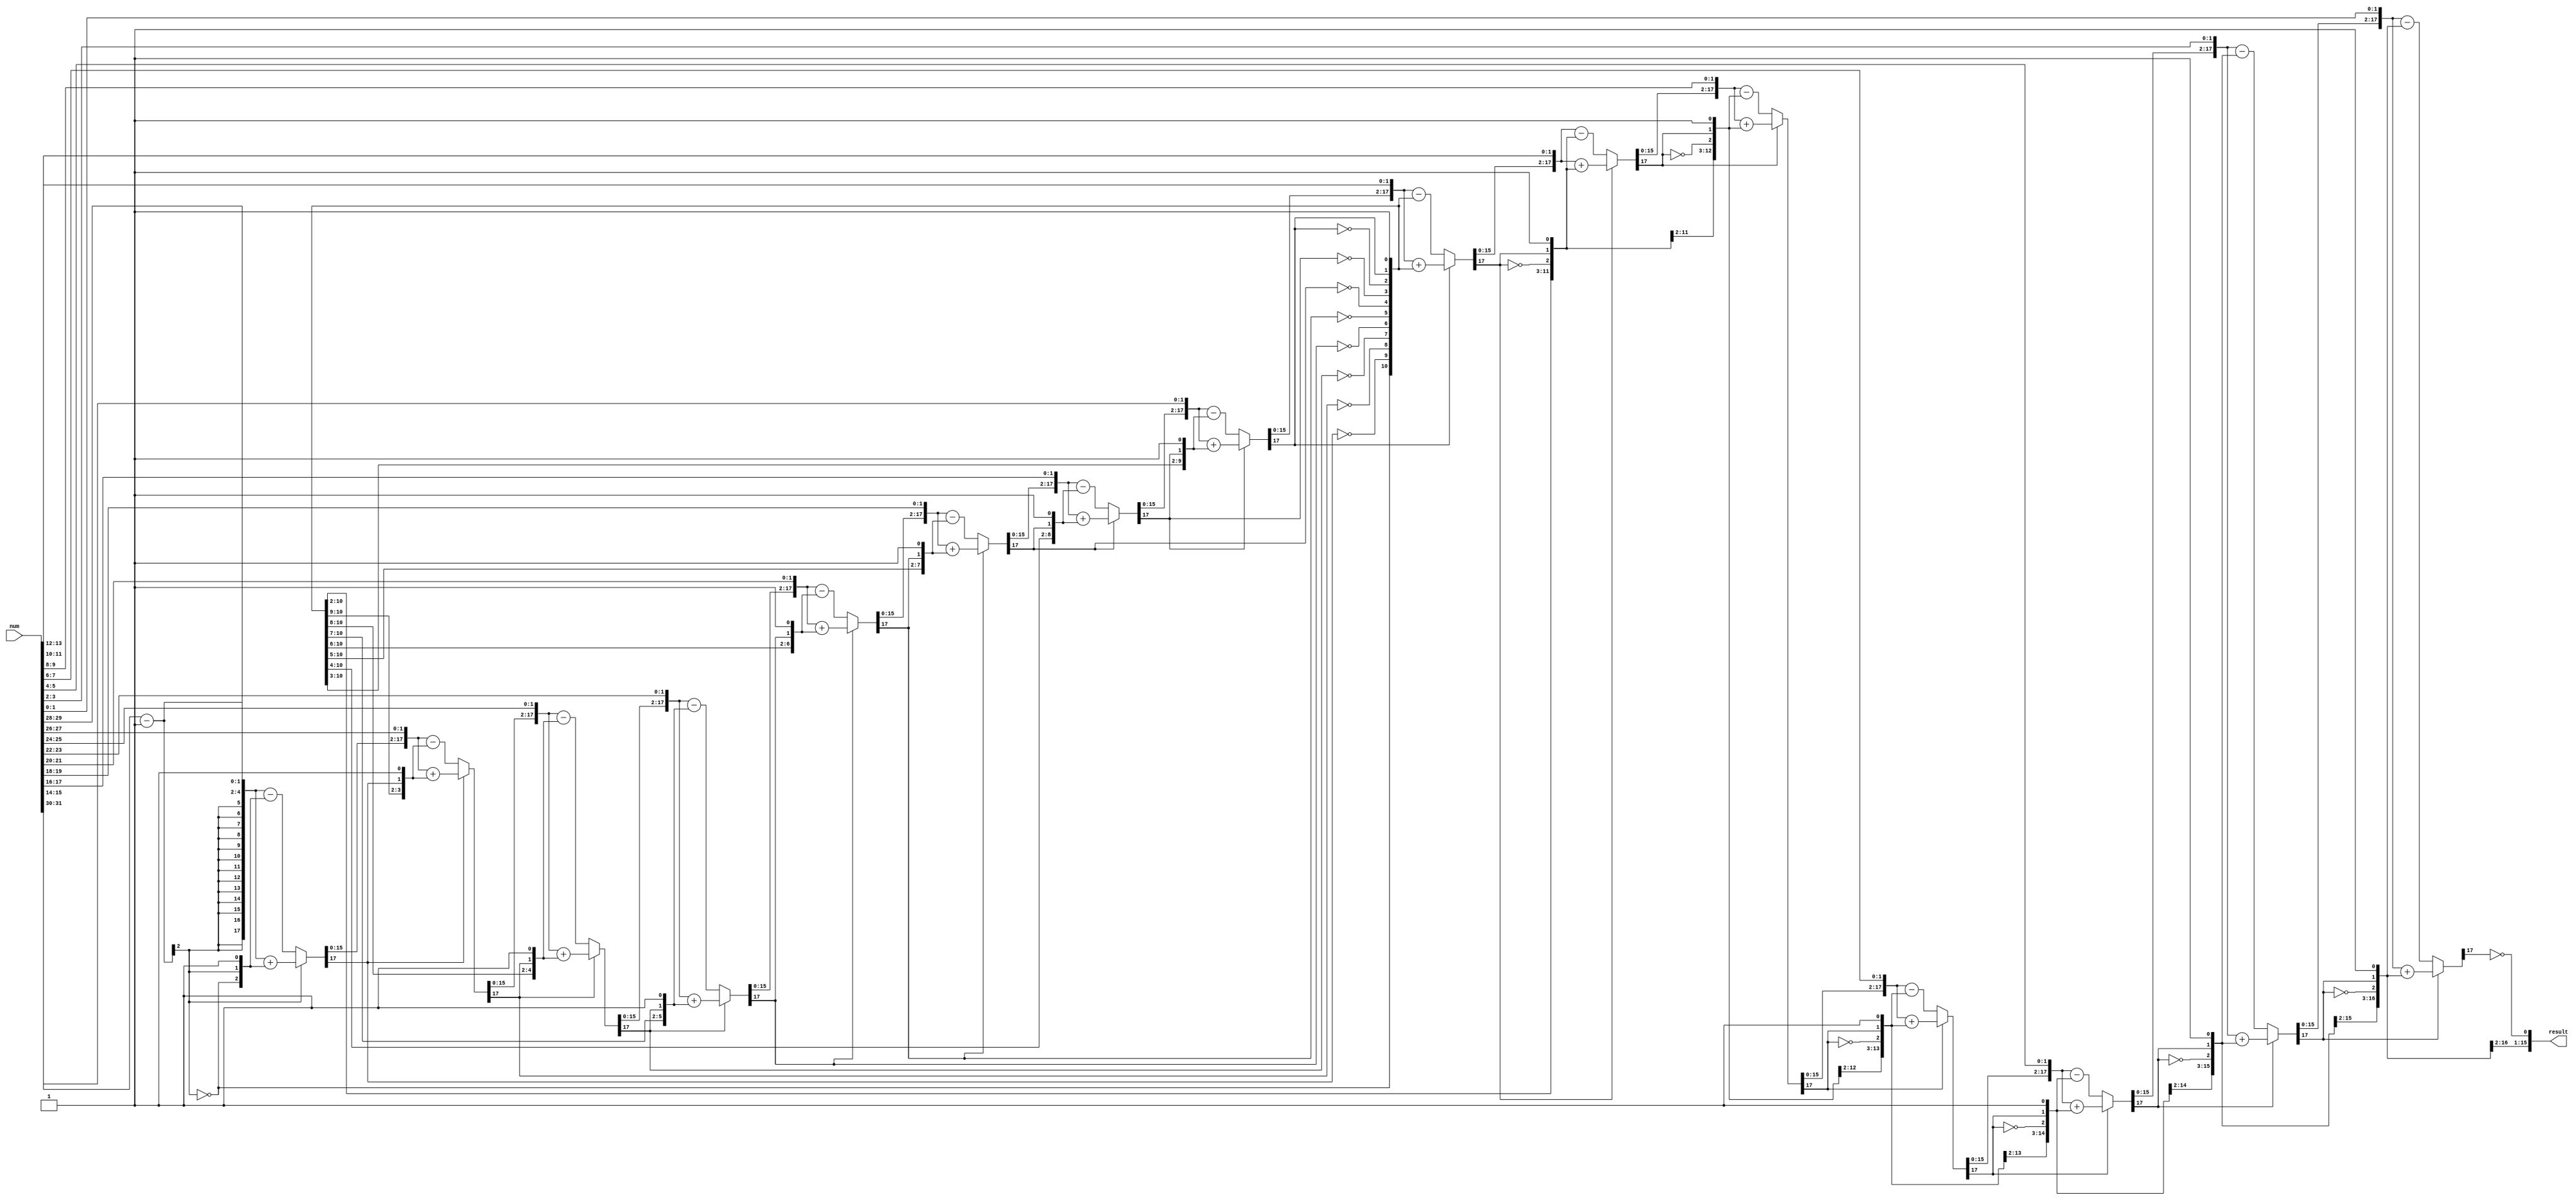
/* Generated by Yosys 0.42+40 (git sha1 a739e21a5, clang++ 14.0.0-1ubuntu1.1 -fPIC -Os) */

(* top =  1  *)
(* src = "/home/user/SDR-HLS/5.NewModules/SquareRoot/combinatorial/amaranth/sqrt_combinatorial.py:40" *)
(* generator = "Amaranth" *)
module top(result, num);
  reg \$auto$verilog_backend.cc:2352:dump_module$1  = 0;
  wire \$1 ;
  wire [18:0] \$10 ;
  wire [18:0] \$11 ;
  wire \$12 ;
  wire \$13 ;
  wire [18:0] \$14 ;
  wire [18:0] \$15 ;
  wire \$16 ;
  wire \$17 ;
  wire [18:0] \$18 ;
  wire [18:0] \$19 ;
  wire [18:0] \$2 ;
  wire \$20 ;
  wire \$21 ;
  wire [18:0] \$22 ;
  wire [18:0] \$23 ;
  wire \$24 ;
  wire \$25 ;
  wire [18:0] \$26 ;
  wire [18:0] \$27 ;
  wire \$28 ;
  wire \$29 ;
  wire [18:0] \$3 ;
  wire [18:0] \$30 ;
  wire [18:0] \$31 ;
  wire \$32 ;
  wire \$33 ;
  wire [18:0] \$34 ;
  wire [18:0] \$35 ;
  wire \$36 ;
  wire \$37 ;
  wire [18:0] \$38 ;
  wire [18:0] \$39 ;
  wire \$4 ;
  wire \$40 ;
  wire \$41 ;
  wire [18:0] \$42 ;
  wire [18:0] \$43 ;
  wire \$44 ;
  wire \$45 ;
  wire [18:0] \$46 ;
  wire [18:0] \$47 ;
  wire \$48 ;
  wire \$49 ;
  wire \$5 ;
  wire [18:0] \$50 ;
  wire [18:0] \$51 ;
  wire \$52 ;
  wire \$53 ;
  wire [18:0] \$54 ;
  wire [18:0] \$55 ;
  wire \$56 ;
  wire \$57 ;
  wire [18:0] \$58 ;
  wire [18:0] \$59 ;
  wire [18:0] \$6 ;
  wire \$60 ;
  wire \$61 ;
  wire [18:0] \$62 ;
  wire [18:0] \$63 ;
  wire \$64 ;
  wire [18:0] \$7 ;
  wire \$8 ;
  wire \$9 ;
  (* src = "/home/user/SDR-HLS/5.NewModules/SquareRoot/combinatorial/amaranth/sqrt_combinatorial.py:44" *)
  wire [31:0] \$signal ;
  (* src = "/home/user/SDR-HLS/5.NewModules/SquareRoot/combinatorial/amaranth/sqrt_combinatorial.py:47" *)
  wire [17:0] \$signal$10 ;
  (* src = "/home/user/SDR-HLS/5.NewModules/SquareRoot/combinatorial/amaranth/sqrt_combinatorial.py:46" *)
  wire [17:0] \$signal$11 ;
  (* src = "/home/user/SDR-HLS/5.NewModules/SquareRoot/combinatorial/amaranth/sqrt_combinatorial.py:44" *)
  wire [31:0] \$signal$12 ;
  (* src = "/home/user/SDR-HLS/5.NewModules/SquareRoot/combinatorial/amaranth/sqrt_combinatorial.py:48" *)
  reg [17:0] \$signal$13 ;
  (* src = "/home/user/SDR-HLS/5.NewModules/SquareRoot/combinatorial/amaranth/sqrt_combinatorial.py:45" *)
  wire [15:0] \$signal$14 ;
  (* src = "/home/user/SDR-HLS/5.NewModules/SquareRoot/combinatorial/amaranth/sqrt_combinatorial.py:47" *)
  wire [17:0] \$signal$15 ;
  (* src = "/home/user/SDR-HLS/5.NewModules/SquareRoot/combinatorial/amaranth/sqrt_combinatorial.py:46" *)
  wire [17:0] \$signal$16 ;
  (* src = "/home/user/SDR-HLS/5.NewModules/SquareRoot/combinatorial/amaranth/sqrt_combinatorial.py:44" *)
  wire [31:0] \$signal$17 ;
  (* src = "/home/user/SDR-HLS/5.NewModules/SquareRoot/combinatorial/amaranth/sqrt_combinatorial.py:48" *)
  reg [17:0] \$signal$18 ;
  (* src = "/home/user/SDR-HLS/5.NewModules/SquareRoot/combinatorial/amaranth/sqrt_combinatorial.py:45" *)
  wire [15:0] \$signal$19 ;
  (* src = "/home/user/SDR-HLS/5.NewModules/SquareRoot/combinatorial/amaranth/sqrt_combinatorial.py:47" *)
  wire [17:0] \$signal$20 ;
  (* src = "/home/user/SDR-HLS/5.NewModules/SquareRoot/combinatorial/amaranth/sqrt_combinatorial.py:46" *)
  wire [17:0] \$signal$21 ;
  (* src = "/home/user/SDR-HLS/5.NewModules/SquareRoot/combinatorial/amaranth/sqrt_combinatorial.py:44" *)
  wire [31:0] \$signal$22 ;
  (* src = "/home/user/SDR-HLS/5.NewModules/SquareRoot/combinatorial/amaranth/sqrt_combinatorial.py:48" *)
  reg [17:0] \$signal$23 ;
  (* src = "/home/user/SDR-HLS/5.NewModules/SquareRoot/combinatorial/amaranth/sqrt_combinatorial.py:45" *)
  wire [15:0] \$signal$24 ;
  (* src = "/home/user/SDR-HLS/5.NewModules/SquareRoot/combinatorial/amaranth/sqrt_combinatorial.py:47" *)
  wire [17:0] \$signal$25 ;
  (* src = "/home/user/SDR-HLS/5.NewModules/SquareRoot/combinatorial/amaranth/sqrt_combinatorial.py:46" *)
  wire [17:0] \$signal$26 ;
  (* src = "/home/user/SDR-HLS/5.NewModules/SquareRoot/combinatorial/amaranth/sqrt_combinatorial.py:44" *)
  wire [31:0] \$signal$27 ;
  (* src = "/home/user/SDR-HLS/5.NewModules/SquareRoot/combinatorial/amaranth/sqrt_combinatorial.py:48" *)
  reg [17:0] \$signal$28 ;
  (* src = "/home/user/SDR-HLS/5.NewModules/SquareRoot/combinatorial/amaranth/sqrt_combinatorial.py:45" *)
  wire [15:0] \$signal$29 ;
  (* src = "/home/user/SDR-HLS/5.NewModules/SquareRoot/combinatorial/amaranth/sqrt_combinatorial.py:45" *)
  wire [15:0] \$signal$3 ;
  (* src = "/home/user/SDR-HLS/5.NewModules/SquareRoot/combinatorial/amaranth/sqrt_combinatorial.py:47" *)
  wire [17:0] \$signal$30 ;
  (* src = "/home/user/SDR-HLS/5.NewModules/SquareRoot/combinatorial/amaranth/sqrt_combinatorial.py:46" *)
  wire [17:0] \$signal$31 ;
  (* src = "/home/user/SDR-HLS/5.NewModules/SquareRoot/combinatorial/amaranth/sqrt_combinatorial.py:44" *)
  wire [31:0] \$signal$32 ;
  (* src = "/home/user/SDR-HLS/5.NewModules/SquareRoot/combinatorial/amaranth/sqrt_combinatorial.py:48" *)
  reg [17:0] \$signal$33 ;
  (* src = "/home/user/SDR-HLS/5.NewModules/SquareRoot/combinatorial/amaranth/sqrt_combinatorial.py:45" *)
  wire [15:0] \$signal$34 ;
  (* src = "/home/user/SDR-HLS/5.NewModules/SquareRoot/combinatorial/amaranth/sqrt_combinatorial.py:47" *)
  wire [17:0] \$signal$35 ;
  (* src = "/home/user/SDR-HLS/5.NewModules/SquareRoot/combinatorial/amaranth/sqrt_combinatorial.py:46" *)
  wire [17:0] \$signal$36 ;
  (* src = "/home/user/SDR-HLS/5.NewModules/SquareRoot/combinatorial/amaranth/sqrt_combinatorial.py:44" *)
  wire [31:0] \$signal$37 ;
  (* src = "/home/user/SDR-HLS/5.NewModules/SquareRoot/combinatorial/amaranth/sqrt_combinatorial.py:48" *)
  reg [17:0] \$signal$38 ;
  (* src = "/home/user/SDR-HLS/5.NewModules/SquareRoot/combinatorial/amaranth/sqrt_combinatorial.py:45" *)
  wire [15:0] \$signal$39 ;
  (* src = "/home/user/SDR-HLS/5.NewModules/SquareRoot/combinatorial/amaranth/sqrt_combinatorial.py:48" *)
  wire [17:0] \$signal$4 ;
  (* src = "/home/user/SDR-HLS/5.NewModules/SquareRoot/combinatorial/amaranth/sqrt_combinatorial.py:47" *)
  wire [17:0] \$signal$40 ;
  (* src = "/home/user/SDR-HLS/5.NewModules/SquareRoot/combinatorial/amaranth/sqrt_combinatorial.py:46" *)
  wire [17:0] \$signal$41 ;
  (* src = "/home/user/SDR-HLS/5.NewModules/SquareRoot/combinatorial/amaranth/sqrt_combinatorial.py:44" *)
  wire [31:0] \$signal$42 ;
  (* src = "/home/user/SDR-HLS/5.NewModules/SquareRoot/combinatorial/amaranth/sqrt_combinatorial.py:48" *)
  reg [17:0] \$signal$43 ;
  (* src = "/home/user/SDR-HLS/5.NewModules/SquareRoot/combinatorial/amaranth/sqrt_combinatorial.py:45" *)
  wire [15:0] \$signal$44 ;
  (* src = "/home/user/SDR-HLS/5.NewModules/SquareRoot/combinatorial/amaranth/sqrt_combinatorial.py:47" *)
  wire [17:0] \$signal$45 ;
  (* src = "/home/user/SDR-HLS/5.NewModules/SquareRoot/combinatorial/amaranth/sqrt_combinatorial.py:46" *)
  wire [17:0] \$signal$46 ;
  (* src = "/home/user/SDR-HLS/5.NewModules/SquareRoot/combinatorial/amaranth/sqrt_combinatorial.py:44" *)
  wire [31:0] \$signal$47 ;
  (* src = "/home/user/SDR-HLS/5.NewModules/SquareRoot/combinatorial/amaranth/sqrt_combinatorial.py:48" *)
  reg [17:0] \$signal$48 ;
  (* src = "/home/user/SDR-HLS/5.NewModules/SquareRoot/combinatorial/amaranth/sqrt_combinatorial.py:45" *)
  wire [15:0] \$signal$49 ;
  (* src = "/home/user/SDR-HLS/5.NewModules/SquareRoot/combinatorial/amaranth/sqrt_combinatorial.py:47" *)
  wire [17:0] \$signal$5 ;
  (* src = "/home/user/SDR-HLS/5.NewModules/SquareRoot/combinatorial/amaranth/sqrt_combinatorial.py:47" *)
  wire [17:0] \$signal$50 ;
  (* src = "/home/user/SDR-HLS/5.NewModules/SquareRoot/combinatorial/amaranth/sqrt_combinatorial.py:46" *)
  wire [17:0] \$signal$51 ;
  (* src = "/home/user/SDR-HLS/5.NewModules/SquareRoot/combinatorial/amaranth/sqrt_combinatorial.py:44" *)
  wire [31:0] \$signal$52 ;
  (* src = "/home/user/SDR-HLS/5.NewModules/SquareRoot/combinatorial/amaranth/sqrt_combinatorial.py:48" *)
  reg [17:0] \$signal$53 ;
  (* src = "/home/user/SDR-HLS/5.NewModules/SquareRoot/combinatorial/amaranth/sqrt_combinatorial.py:45" *)
  wire [15:0] \$signal$54 ;
  (* src = "/home/user/SDR-HLS/5.NewModules/SquareRoot/combinatorial/amaranth/sqrt_combinatorial.py:47" *)
  wire [17:0] \$signal$55 ;
  (* src = "/home/user/SDR-HLS/5.NewModules/SquareRoot/combinatorial/amaranth/sqrt_combinatorial.py:46" *)
  wire [17:0] \$signal$56 ;
  (* src = "/home/user/SDR-HLS/5.NewModules/SquareRoot/combinatorial/amaranth/sqrt_combinatorial.py:44" *)
  wire [31:0] \$signal$57 ;
  (* src = "/home/user/SDR-HLS/5.NewModules/SquareRoot/combinatorial/amaranth/sqrt_combinatorial.py:48" *)
  reg [17:0] \$signal$58 ;
  (* src = "/home/user/SDR-HLS/5.NewModules/SquareRoot/combinatorial/amaranth/sqrt_combinatorial.py:45" *)
  wire [15:0] \$signal$59 ;
  (* src = "/home/user/SDR-HLS/5.NewModules/SquareRoot/combinatorial/amaranth/sqrt_combinatorial.py:46" *)
  wire [17:0] \$signal$6 ;
  (* src = "/home/user/SDR-HLS/5.NewModules/SquareRoot/combinatorial/amaranth/sqrt_combinatorial.py:47" *)
  wire [17:0] \$signal$60 ;
  (* src = "/home/user/SDR-HLS/5.NewModules/SquareRoot/combinatorial/amaranth/sqrt_combinatorial.py:46" *)
  wire [17:0] \$signal$61 ;
  (* src = "/home/user/SDR-HLS/5.NewModules/SquareRoot/combinatorial/amaranth/sqrt_combinatorial.py:44" *)
  wire [31:0] \$signal$62 ;
  (* src = "/home/user/SDR-HLS/5.NewModules/SquareRoot/combinatorial/amaranth/sqrt_combinatorial.py:48" *)
  reg [17:0] \$signal$63 ;
  (* src = "/home/user/SDR-HLS/5.NewModules/SquareRoot/combinatorial/amaranth/sqrt_combinatorial.py:45" *)
  wire [15:0] \$signal$64 ;
  (* src = "/home/user/SDR-HLS/5.NewModules/SquareRoot/combinatorial/amaranth/sqrt_combinatorial.py:47" *)
  wire [17:0] \$signal$65 ;
  (* src = "/home/user/SDR-HLS/5.NewModules/SquareRoot/combinatorial/amaranth/sqrt_combinatorial.py:46" *)
  wire [17:0] \$signal$66 ;
  (* src = "/home/user/SDR-HLS/5.NewModules/SquareRoot/combinatorial/amaranth/sqrt_combinatorial.py:44" *)
  wire [31:0] \$signal$67 ;
  (* src = "/home/user/SDR-HLS/5.NewModules/SquareRoot/combinatorial/amaranth/sqrt_combinatorial.py:48" *)
  reg [17:0] \$signal$68 ;
  (* src = "/home/user/SDR-HLS/5.NewModules/SquareRoot/combinatorial/amaranth/sqrt_combinatorial.py:45" *)
  wire [15:0] \$signal$69 ;
  (* src = "/home/user/SDR-HLS/5.NewModules/SquareRoot/combinatorial/amaranth/sqrt_combinatorial.py:44" *)
  wire [31:0] \$signal$7 ;
  (* src = "/home/user/SDR-HLS/5.NewModules/SquareRoot/combinatorial/amaranth/sqrt_combinatorial.py:47" *)
  wire [17:0] \$signal$70 ;
  (* src = "/home/user/SDR-HLS/5.NewModules/SquareRoot/combinatorial/amaranth/sqrt_combinatorial.py:46" *)
  wire [17:0] \$signal$71 ;
  (* src = "/home/user/SDR-HLS/5.NewModules/SquareRoot/combinatorial/amaranth/sqrt_combinatorial.py:44" *)
  wire [31:0] \$signal$72 ;
  (* src = "/home/user/SDR-HLS/5.NewModules/SquareRoot/combinatorial/amaranth/sqrt_combinatorial.py:48" *)
  reg [17:0] \$signal$73 ;
  (* src = "/home/user/SDR-HLS/5.NewModules/SquareRoot/combinatorial/amaranth/sqrt_combinatorial.py:45" *)
  wire [15:0] \$signal$74 ;
  (* src = "/home/user/SDR-HLS/5.NewModules/SquareRoot/combinatorial/amaranth/sqrt_combinatorial.py:47" *)
  wire [17:0] \$signal$75 ;
  (* src = "/home/user/SDR-HLS/5.NewModules/SquareRoot/combinatorial/amaranth/sqrt_combinatorial.py:46" *)
  wire [17:0] \$signal$76 ;
  (* src = "/home/user/SDR-HLS/5.NewModules/SquareRoot/combinatorial/amaranth/sqrt_combinatorial.py:44" *)
  wire [31:0] \$signal$77 ;
  (* src = "/home/user/SDR-HLS/5.NewModules/SquareRoot/combinatorial/amaranth/sqrt_combinatorial.py:48" *)
  reg [17:0] \$signal$78 ;
  (* src = "/home/user/SDR-HLS/5.NewModules/SquareRoot/combinatorial/amaranth/sqrt_combinatorial.py:45" *)
  wire [15:0] \$signal$79 ;
  (* src = "/home/user/SDR-HLS/5.NewModules/SquareRoot/combinatorial/amaranth/sqrt_combinatorial.py:48" *)
  reg [17:0] \$signal$8 ;
  (* src = "/home/user/SDR-HLS/5.NewModules/SquareRoot/combinatorial/amaranth/sqrt_combinatorial.py:47" *)
  wire [17:0] \$signal$80 ;
  (* src = "/home/user/SDR-HLS/5.NewModules/SquareRoot/combinatorial/amaranth/sqrt_combinatorial.py:46" *)
  wire [17:0] \$signal$81 ;
  (* src = "/home/user/SDR-HLS/5.NewModules/SquareRoot/combinatorial/amaranth/sqrt_combinatorial.py:44" *)
  wire [31:0] \$signal$82 ;
  (* src = "/home/user/SDR-HLS/5.NewModules/SquareRoot/combinatorial/amaranth/sqrt_combinatorial.py:48" *)
  reg [17:0] \$signal$83 ;
  (* src = "/home/user/SDR-HLS/5.NewModules/SquareRoot/combinatorial/amaranth/sqrt_combinatorial.py:45" *)
  wire [15:0] \$signal$84 ;
  (* src = "/home/user/SDR-HLS/5.NewModules/SquareRoot/combinatorial/amaranth/sqrt_combinatorial.py:45" *)
  wire [15:0] \$signal$9 ;
  (* src = "/home/user/SDR-HLS/5.NewModules/SquareRoot/combinatorial/amaranth/sqrt_combinatorial.py:44" *)
  input [31:0] num;
  wire [31:0] num;
  (* src = "/home/user/SDR-HLS/5.NewModules/SquareRoot/combinatorial/amaranth/sqrt_combinatorial.py:45" *)
  output [15:0] result;
  wire [15:0] result;
  assign \$36  = ~ (* src = "/home/user/SDR-HLS/5.NewModules/SquareRoot/combinatorial/amaranth/sqrt_combinatorial.py:74" *) \$signal$48 [17];
  assign \$38  = { \$signal$48 [15:0], num[13:12] } + (* src = "/home/user/SDR-HLS/5.NewModules/SquareRoot/combinatorial/amaranth/sqrt_combinatorial.py:70" *) { \$4 , \$8 , \$12 , \$16 , \$20 , \$24 , \$28 , \$32 , \$36 , \$signal$48 [17], 1'h1 };
  assign \$39  = { \$signal$48 [15:0], num[13:12] } - (* src = "/home/user/SDR-HLS/5.NewModules/SquareRoot/combinatorial/amaranth/sqrt_combinatorial.py:72" *) { \$4 , \$8 , \$12 , \$16 , \$20 , \$24 , \$28 , \$32 , \$36 , \$signal$48 [17], 1'h1 };
  assign \$40  = ~ (* src = "/home/user/SDR-HLS/5.NewModules/SquareRoot/combinatorial/amaranth/sqrt_combinatorial.py:74" *) \$signal$53 [17];
  assign \$42  = { \$signal$53 [15:0], num[11:10] } + (* src = "/home/user/SDR-HLS/5.NewModules/SquareRoot/combinatorial/amaranth/sqrt_combinatorial.py:70" *) { \$4 , \$8 , \$12 , \$16 , \$20 , \$24 , \$28 , \$32 , \$36 , \$40 , \$signal$53 [17], 1'h1 };
  assign \$43  = { \$signal$53 [15:0], num[11:10] } - (* src = "/home/user/SDR-HLS/5.NewModules/SquareRoot/combinatorial/amaranth/sqrt_combinatorial.py:72" *) { \$4 , \$8 , \$12 , \$16 , \$20 , \$24 , \$28 , \$32 , \$36 , \$40 , \$signal$53 [17], 1'h1 };
  assign \$44  = ~ (* src = "/home/user/SDR-HLS/5.NewModules/SquareRoot/combinatorial/amaranth/sqrt_combinatorial.py:74" *) \$signal$58 [17];
  assign \$46  = { \$signal$58 [15:0], num[9:8] } + (* src = "/home/user/SDR-HLS/5.NewModules/SquareRoot/combinatorial/amaranth/sqrt_combinatorial.py:70" *) { \$4 , \$8 , \$12 , \$16 , \$20 , \$24 , \$28 , \$32 , \$36 , \$40 , \$44 , \$signal$58 [17], 1'h1 };
  assign \$47  = { \$signal$58 [15:0], num[9:8] } - (* src = "/home/user/SDR-HLS/5.NewModules/SquareRoot/combinatorial/amaranth/sqrt_combinatorial.py:72" *) { \$4 , \$8 , \$12 , \$16 , \$20 , \$24 , \$28 , \$32 , \$36 , \$40 , \$44 , \$signal$58 [17], 1'h1 };
  assign \$48  = ~ (* src = "/home/user/SDR-HLS/5.NewModules/SquareRoot/combinatorial/amaranth/sqrt_combinatorial.py:74" *) \$signal$63 [17];
  assign \$50  = { \$signal$63 [15:0], num[7:6] } + (* src = "/home/user/SDR-HLS/5.NewModules/SquareRoot/combinatorial/amaranth/sqrt_combinatorial.py:70" *) { \$4 , \$8 , \$12 , \$16 , \$20 , \$24 , \$28 , \$32 , \$36 , \$40 , \$44 , \$48 , \$signal$63 [17], 1'h1 };
  assign \$51  = { \$signal$63 [15:0], num[7:6] } - (* src = "/home/user/SDR-HLS/5.NewModules/SquareRoot/combinatorial/amaranth/sqrt_combinatorial.py:72" *) { \$4 , \$8 , \$12 , \$16 , \$20 , \$24 , \$28 , \$32 , \$36 , \$40 , \$44 , \$48 , \$signal$63 [17], 1'h1 };
  assign \$52  = ~ (* src = "/home/user/SDR-HLS/5.NewModules/SquareRoot/combinatorial/amaranth/sqrt_combinatorial.py:74" *) \$signal$68 [17];
  assign \$54  = { \$signal$68 [15:0], num[5:4] } + (* src = "/home/user/SDR-HLS/5.NewModules/SquareRoot/combinatorial/amaranth/sqrt_combinatorial.py:70" *) { \$4 , \$8 , \$12 , \$16 , \$20 , \$24 , \$28 , \$32 , \$36 , \$40 , \$44 , \$48 , \$52 , \$signal$68 [17], 1'h1 };
  assign \$55  = { \$signal$68 [15:0], num[5:4] } - (* src = "/home/user/SDR-HLS/5.NewModules/SquareRoot/combinatorial/amaranth/sqrt_combinatorial.py:72" *) { \$4 , \$8 , \$12 , \$16 , \$20 , \$24 , \$28 , \$32 , \$36 , \$40 , \$44 , \$48 , \$52 , \$signal$68 [17], 1'h1 };
  assign \$56  = ~ (* src = "/home/user/SDR-HLS/5.NewModules/SquareRoot/combinatorial/amaranth/sqrt_combinatorial.py:74" *) \$signal$73 [17];
  assign \$58  = { \$signal$73 [15:0], num[3:2] } + (* src = "/home/user/SDR-HLS/5.NewModules/SquareRoot/combinatorial/amaranth/sqrt_combinatorial.py:70" *) { \$4 , \$8 , \$12 , \$16 , \$20 , \$24 , \$28 , \$32 , \$36 , \$40 , \$44 , \$48 , \$52 , \$56 , \$signal$73 [17], 1'h1 };
  assign \$59  = { \$signal$73 [15:0], num[3:2] } - (* src = "/home/user/SDR-HLS/5.NewModules/SquareRoot/combinatorial/amaranth/sqrt_combinatorial.py:72" *) { \$4 , \$8 , \$12 , \$16 , \$20 , \$24 , \$28 , \$32 , \$36 , \$40 , \$44 , \$48 , \$52 , \$56 , \$signal$73 [17], 1'h1 };
  assign \$60  = ~ (* src = "/home/user/SDR-HLS/5.NewModules/SquareRoot/combinatorial/amaranth/sqrt_combinatorial.py:74" *) \$signal$78 [17];
  assign \$62  = { \$signal$78 [15:0], num[1:0] } + (* src = "/home/user/SDR-HLS/5.NewModules/SquareRoot/combinatorial/amaranth/sqrt_combinatorial.py:70" *) { \$4 , \$8 , \$12 , \$16 , \$20 , \$24 , \$28 , \$32 , \$36 , \$40 , \$44 , \$48 , \$52 , \$56 , \$60 , \$signal$78 [17], 1'h1 };
  assign \$63  = { \$signal$78 [15:0], num[1:0] } - (* src = "/home/user/SDR-HLS/5.NewModules/SquareRoot/combinatorial/amaranth/sqrt_combinatorial.py:72" *) { \$4 , \$8 , \$12 , \$16 , \$20 , \$24 , \$28 , \$32 , \$36 , \$40 , \$44 , \$48 , \$52 , \$56 , \$60 , \$signal$78 [17], 1'h1 };
  assign \$64  = ~ (* src = "/home/user/SDR-HLS/5.NewModules/SquareRoot/combinatorial/amaranth/sqrt_combinatorial.py:74" *) \$signal$83 [17];
  assign \$2  = num[31:30] + (* src = "/home/user/SDR-HLS/5.NewModules/SquareRoot/combinatorial/amaranth/sqrt_combinatorial.py:70" *) 1'h1;
  assign \$3  = num[31:30] - (* src = "/home/user/SDR-HLS/5.NewModules/SquareRoot/combinatorial/amaranth/sqrt_combinatorial.py:72" *) 1'h1;
  assign \$4  = ~ (* src = "/home/user/SDR-HLS/5.NewModules/SquareRoot/combinatorial/amaranth/sqrt_combinatorial.py:74" *) \$signal$8 [17];
  assign \$6  = { \$signal$8 [15:0], num[29:28] } + (* src = "/home/user/SDR-HLS/5.NewModules/SquareRoot/combinatorial/amaranth/sqrt_combinatorial.py:70" *) { \$4 , \$signal$8 [17], 1'h1 };
  assign \$7  = { \$signal$8 [15:0], num[29:28] } - (* src = "/home/user/SDR-HLS/5.NewModules/SquareRoot/combinatorial/amaranth/sqrt_combinatorial.py:72" *) { \$4 , \$signal$8 [17], 1'h1 };
  assign \$8  = ~ (* src = "/home/user/SDR-HLS/5.NewModules/SquareRoot/combinatorial/amaranth/sqrt_combinatorial.py:74" *) \$signal$13 [17];
  assign \$10  = { \$signal$13 [15:0], num[27:26] } + (* src = "/home/user/SDR-HLS/5.NewModules/SquareRoot/combinatorial/amaranth/sqrt_combinatorial.py:70" *) { \$4 , \$8 , \$signal$13 [17], 1'h1 };
  assign \$11  = { \$signal$13 [15:0], num[27:26] } - (* src = "/home/user/SDR-HLS/5.NewModules/SquareRoot/combinatorial/amaranth/sqrt_combinatorial.py:72" *) { \$4 , \$8 , \$signal$13 [17], 1'h1 };
  assign \$12  = ~ (* src = "/home/user/SDR-HLS/5.NewModules/SquareRoot/combinatorial/amaranth/sqrt_combinatorial.py:74" *) \$signal$18 [17];
  assign \$14  = { \$signal$18 [15:0], num[25:24] } + (* src = "/home/user/SDR-HLS/5.NewModules/SquareRoot/combinatorial/amaranth/sqrt_combinatorial.py:70" *) { \$4 , \$8 , \$12 , \$signal$18 [17], 1'h1 };
  assign \$15  = { \$signal$18 [15:0], num[25:24] } - (* src = "/home/user/SDR-HLS/5.NewModules/SquareRoot/combinatorial/amaranth/sqrt_combinatorial.py:72" *) { \$4 , \$8 , \$12 , \$signal$18 [17], 1'h1 };
  assign \$16  = ~ (* src = "/home/user/SDR-HLS/5.NewModules/SquareRoot/combinatorial/amaranth/sqrt_combinatorial.py:74" *) \$signal$23 [17];
  assign \$18  = { \$signal$23 [15:0], num[23:22] } + (* src = "/home/user/SDR-HLS/5.NewModules/SquareRoot/combinatorial/amaranth/sqrt_combinatorial.py:70" *) { \$4 , \$8 , \$12 , \$16 , \$signal$23 [17], 1'h1 };
  assign \$19  = { \$signal$23 [15:0], num[23:22] } - (* src = "/home/user/SDR-HLS/5.NewModules/SquareRoot/combinatorial/amaranth/sqrt_combinatorial.py:72" *) { \$4 , \$8 , \$12 , \$16 , \$signal$23 [17], 1'h1 };
  assign \$20  = ~ (* src = "/home/user/SDR-HLS/5.NewModules/SquareRoot/combinatorial/amaranth/sqrt_combinatorial.py:74" *) \$signal$28 [17];
  assign \$22  = { \$signal$28 [15:0], num[21:20] } + (* src = "/home/user/SDR-HLS/5.NewModules/SquareRoot/combinatorial/amaranth/sqrt_combinatorial.py:70" *) { \$4 , \$8 , \$12 , \$16 , \$20 , \$signal$28 [17], 1'h1 };
  assign \$23  = { \$signal$28 [15:0], num[21:20] } - (* src = "/home/user/SDR-HLS/5.NewModules/SquareRoot/combinatorial/amaranth/sqrt_combinatorial.py:72" *) { \$4 , \$8 , \$12 , \$16 , \$20 , \$signal$28 [17], 1'h1 };
  assign \$24  = ~ (* src = "/home/user/SDR-HLS/5.NewModules/SquareRoot/combinatorial/amaranth/sqrt_combinatorial.py:74" *) \$signal$33 [17];
  assign \$26  = { \$signal$33 [15:0], num[19:18] } + (* src = "/home/user/SDR-HLS/5.NewModules/SquareRoot/combinatorial/amaranth/sqrt_combinatorial.py:70" *) { \$4 , \$8 , \$12 , \$16 , \$20 , \$24 , \$signal$33 [17], 1'h1 };
  assign \$27  = { \$signal$33 [15:0], num[19:18] } - (* src = "/home/user/SDR-HLS/5.NewModules/SquareRoot/combinatorial/amaranth/sqrt_combinatorial.py:72" *) { \$4 , \$8 , \$12 , \$16 , \$20 , \$24 , \$signal$33 [17], 1'h1 };
  assign \$28  = ~ (* src = "/home/user/SDR-HLS/5.NewModules/SquareRoot/combinatorial/amaranth/sqrt_combinatorial.py:74" *) \$signal$38 [17];
  assign \$30  = { \$signal$38 [15:0], num[17:16] } + (* src = "/home/user/SDR-HLS/5.NewModules/SquareRoot/combinatorial/amaranth/sqrt_combinatorial.py:70" *) { \$4 , \$8 , \$12 , \$16 , \$20 , \$24 , \$28 , \$signal$38 [17], 1'h1 };
  assign \$31  = { \$signal$38 [15:0], num[17:16] } - (* src = "/home/user/SDR-HLS/5.NewModules/SquareRoot/combinatorial/amaranth/sqrt_combinatorial.py:72" *) { \$4 , \$8 , \$12 , \$16 , \$20 , \$24 , \$28 , \$signal$38 [17], 1'h1 };
  assign \$32  = ~ (* src = "/home/user/SDR-HLS/5.NewModules/SquareRoot/combinatorial/amaranth/sqrt_combinatorial.py:74" *) \$signal$43 [17];
  assign \$34  = { \$signal$43 [15:0], num[15:14] } + (* src = "/home/user/SDR-HLS/5.NewModules/SquareRoot/combinatorial/amaranth/sqrt_combinatorial.py:70" *) { \$4 , \$8 , \$12 , \$16 , \$20 , \$24 , \$28 , \$32 , \$signal$43 [17], 1'h1 };
  assign \$35  = { \$signal$43 [15:0], num[15:14] } - (* src = "/home/user/SDR-HLS/5.NewModules/SquareRoot/combinatorial/amaranth/sqrt_combinatorial.py:72" *) { \$4 , \$8 , \$12 , \$16 , \$20 , \$24 , \$28 , \$32 , \$signal$43 [17], 1'h1 };
  always @* begin
    if (\$auto$verilog_backend.cc:2352:dump_module$1 ) begin end
    (* full_case = 32'd1 *)
    if (\$1 ) begin
      \$signal$8  = \$2 [17:0];
    end else begin
      \$signal$8  = \$3 [17:0];
    end
  end
  always @* begin
    if (\$auto$verilog_backend.cc:2352:dump_module$1 ) begin end
    (* full_case = 32'd1 *)
    if (\$5 ) begin
      \$signal$13  = \$6 [17:0];
    end else begin
      \$signal$13  = \$7 [17:0];
    end
  end
  always @* begin
    if (\$auto$verilog_backend.cc:2352:dump_module$1 ) begin end
    (* full_case = 32'd1 *)
    if (\$9 ) begin
      \$signal$18  = \$10 [17:0];
    end else begin
      \$signal$18  = \$11 [17:0];
    end
  end
  always @* begin
    if (\$auto$verilog_backend.cc:2352:dump_module$1 ) begin end
    (* full_case = 32'd1 *)
    if (\$13 ) begin
      \$signal$23  = \$14 [17:0];
    end else begin
      \$signal$23  = \$15 [17:0];
    end
  end
  always @* begin
    if (\$auto$verilog_backend.cc:2352:dump_module$1 ) begin end
    (* full_case = 32'd1 *)
    if (\$17 ) begin
      \$signal$28  = \$18 [17:0];
    end else begin
      \$signal$28  = \$19 [17:0];
    end
  end
  always @* begin
    if (\$auto$verilog_backend.cc:2352:dump_module$1 ) begin end
    (* full_case = 32'd1 *)
    if (\$21 ) begin
      \$signal$33  = \$22 [17:0];
    end else begin
      \$signal$33  = \$23 [17:0];
    end
  end
  always @* begin
    if (\$auto$verilog_backend.cc:2352:dump_module$1 ) begin end
    (* full_case = 32'd1 *)
    if (\$25 ) begin
      \$signal$38  = \$26 [17:0];
    end else begin
      \$signal$38  = \$27 [17:0];
    end
  end
  always @* begin
    if (\$auto$verilog_backend.cc:2352:dump_module$1 ) begin end
    (* full_case = 32'd1 *)
    if (\$29 ) begin
      \$signal$43  = \$30 [17:0];
    end else begin
      \$signal$43  = \$31 [17:0];
    end
  end
  always @* begin
    if (\$auto$verilog_backend.cc:2352:dump_module$1 ) begin end
    (* full_case = 32'd1 *)
    if (\$33 ) begin
      \$signal$48  = \$34 [17:0];
    end else begin
      \$signal$48  = \$35 [17:0];
    end
  end
  always @* begin
    if (\$auto$verilog_backend.cc:2352:dump_module$1 ) begin end
    (* full_case = 32'd1 *)
    if (\$37 ) begin
      \$signal$53  = \$38 [17:0];
    end else begin
      \$signal$53  = \$39 [17:0];
    end
  end
  always @* begin
    if (\$auto$verilog_backend.cc:2352:dump_module$1 ) begin end
    (* full_case = 32'd1 *)
    if (\$41 ) begin
      \$signal$58  = \$42 [17:0];
    end else begin
      \$signal$58  = \$43 [17:0];
    end
  end
  always @* begin
    if (\$auto$verilog_backend.cc:2352:dump_module$1 ) begin end
    (* full_case = 32'd1 *)
    if (\$45 ) begin
      \$signal$63  = \$46 [17:0];
    end else begin
      \$signal$63  = \$47 [17:0];
    end
  end
  always @* begin
    if (\$auto$verilog_backend.cc:2352:dump_module$1 ) begin end
    (* full_case = 32'd1 *)
    if (\$49 ) begin
      \$signal$68  = \$50 [17:0];
    end else begin
      \$signal$68  = \$51 [17:0];
    end
  end
  always @* begin
    if (\$auto$verilog_backend.cc:2352:dump_module$1 ) begin end
    (* full_case = 32'd1 *)
    if (\$53 ) begin
      \$signal$73  = \$54 [17:0];
    end else begin
      \$signal$73  = \$55 [17:0];
    end
  end
  always @* begin
    if (\$auto$verilog_backend.cc:2352:dump_module$1 ) begin end
    (* full_case = 32'd1 *)
    if (\$57 ) begin
      \$signal$78  = \$58 [17:0];
    end else begin
      \$signal$78  = \$59 [17:0];
    end
  end
  always @* begin
    if (\$auto$verilog_backend.cc:2352:dump_module$1 ) begin end
    (* full_case = 32'd1 *)
    if (\$61 ) begin
      \$signal$83  = \$62 [17:0];
    end else begin
      \$signal$83  = \$63 [17:0];
    end
  end
  assign \$signal  = num;
  assign \$signal$3  = 16'h0000;
  assign \$signal$4  = 18'h00000;
  assign \$signal$5  = 18'h00001;
  assign \$signal$6  = { 16'h0000, num[31:30] };
  assign \$signal$7  = { num[29:0], 2'h0 };
  assign \$signal$9  = { 15'h0000, \$4  };
  assign \$signal$10  = { 15'h0000, \$4 , \$signal$8 [17], 1'h1 };
  assign \$signal$11  = { \$signal$8 [15:0], num[29:28] };
  assign \$signal$12  = { num[27:0], 4'h0 };
  assign \$signal$14  = { 14'h0000, \$4 , \$8  };
  assign \$signal$15  = { 14'h0000, \$4 , \$8 , \$signal$13 [17], 1'h1 };
  assign \$signal$16  = { \$signal$13 [15:0], num[27:26] };
  assign \$signal$17  = { num[25:0], 6'h00 };
  assign \$signal$19  = { 13'h0000, \$4 , \$8 , \$12  };
  assign \$signal$20  = { 13'h0000, \$4 , \$8 , \$12 , \$signal$18 [17], 1'h1 };
  assign \$signal$21  = { \$signal$18 [15:0], num[25:24] };
  assign \$signal$22  = { num[23:0], 8'h00 };
  assign \$signal$24  = { 12'h000, \$4 , \$8 , \$12 , \$16  };
  assign \$signal$25  = { 12'h000, \$4 , \$8 , \$12 , \$16 , \$signal$23 [17], 1'h1 };
  assign \$signal$26  = { \$signal$23 [15:0], num[23:22] };
  assign \$signal$27  = { num[21:0], 10'h000 };
  assign \$signal$29  = { 11'h000, \$4 , \$8 , \$12 , \$16 , \$20  };
  assign \$signal$30  = { 11'h000, \$4 , \$8 , \$12 , \$16 , \$20 , \$signal$28 [17], 1'h1 };
  assign \$signal$31  = { \$signal$28 [15:0], num[21:20] };
  assign \$signal$32  = { num[19:0], 12'h000 };
  assign \$signal$34  = { 10'h000, \$4 , \$8 , \$12 , \$16 , \$20 , \$24  };
  assign \$signal$35  = { 10'h000, \$4 , \$8 , \$12 , \$16 , \$20 , \$24 , \$signal$33 [17], 1'h1 };
  assign \$signal$36  = { \$signal$33 [15:0], num[19:18] };
  assign \$signal$37  = { num[17:0], 14'h0000 };
  assign \$signal$39  = { 9'h000, \$4 , \$8 , \$12 , \$16 , \$20 , \$24 , \$28  };
  assign \$signal$40  = { 9'h000, \$4 , \$8 , \$12 , \$16 , \$20 , \$24 , \$28 , \$signal$38 [17], 1'h1 };
  assign \$signal$41  = { \$signal$38 [15:0], num[17:16] };
  assign \$signal$42  = { num[15:0], 16'h0000 };
  assign \$signal$44  = { 8'h00, \$4 , \$8 , \$12 , \$16 , \$20 , \$24 , \$28 , \$32  };
  assign \$signal$45  = { 8'h00, \$4 , \$8 , \$12 , \$16 , \$20 , \$24 , \$28 , \$32 , \$signal$43 [17], 1'h1 };
  assign \$signal$46  = { \$signal$43 [15:0], num[15:14] };
  assign \$signal$47  = { num[13:0], 18'h00000 };
  assign \$signal$49  = { 7'h00, \$4 , \$8 , \$12 , \$16 , \$20 , \$24 , \$28 , \$32 , \$36  };
  assign \$signal$50  = { 7'h00, \$4 , \$8 , \$12 , \$16 , \$20 , \$24 , \$28 , \$32 , \$36 , \$signal$48 [17], 1'h1 };
  assign \$signal$51  = { \$signal$48 [15:0], num[13:12] };
  assign \$signal$52  = { num[11:0], 20'h00000 };
  assign \$signal$54  = { 6'h00, \$4 , \$8 , \$12 , \$16 , \$20 , \$24 , \$28 , \$32 , \$36 , \$40  };
  assign \$signal$55  = { 6'h00, \$4 , \$8 , \$12 , \$16 , \$20 , \$24 , \$28 , \$32 , \$36 , \$40 , \$signal$53 [17], 1'h1 };
  assign \$signal$56  = { \$signal$53 [15:0], num[11:10] };
  assign \$signal$57  = { num[9:0], 22'h000000 };
  assign \$signal$59  = { 5'h00, \$4 , \$8 , \$12 , \$16 , \$20 , \$24 , \$28 , \$32 , \$36 , \$40 , \$44  };
  assign \$signal$60  = { 5'h00, \$4 , \$8 , \$12 , \$16 , \$20 , \$24 , \$28 , \$32 , \$36 , \$40 , \$44 , \$signal$58 [17], 1'h1 };
  assign \$signal$61  = { \$signal$58 [15:0], num[9:8] };
  assign \$signal$62  = { num[7:0], 24'h000000 };
  assign \$signal$64  = { 4'h0, \$4 , \$8 , \$12 , \$16 , \$20 , \$24 , \$28 , \$32 , \$36 , \$40 , \$44 , \$48  };
  assign \$signal$65  = { 4'h0, \$4 , \$8 , \$12 , \$16 , \$20 , \$24 , \$28 , \$32 , \$36 , \$40 , \$44 , \$48 , \$signal$63 [17], 1'h1 };
  assign \$signal$66  = { \$signal$63 [15:0], num[7:6] };
  assign \$signal$67  = { num[5:0], 26'h0000000 };
  assign \$signal$69  = { 3'h0, \$4 , \$8 , \$12 , \$16 , \$20 , \$24 , \$28 , \$32 , \$36 , \$40 , \$44 , \$48 , \$52  };
  assign \$signal$70  = { 3'h0, \$4 , \$8 , \$12 , \$16 , \$20 , \$24 , \$28 , \$32 , \$36 , \$40 , \$44 , \$48 , \$52 , \$signal$68 [17], 1'h1 };
  assign \$signal$71  = { \$signal$68 [15:0], num[5:4] };
  assign \$signal$72  = { num[3:0], 28'h0000000 };
  assign \$signal$74  = { 2'h0, \$4 , \$8 , \$12 , \$16 , \$20 , \$24 , \$28 , \$32 , \$36 , \$40 , \$44 , \$48 , \$52 , \$56  };
  assign \$signal$75  = { 2'h0, \$4 , \$8 , \$12 , \$16 , \$20 , \$24 , \$28 , \$32 , \$36 , \$40 , \$44 , \$48 , \$52 , \$56 , \$signal$73 [17], 1'h1 };
  assign \$signal$76  = { \$signal$73 [15:0], num[3:2] };
  assign \$signal$77  = { num[1:0], 30'h00000000 };
  assign \$signal$79  = { 1'h0, \$4 , \$8 , \$12 , \$16 , \$20 , \$24 , \$28 , \$32 , \$36 , \$40 , \$44 , \$48 , \$52 , \$56 , \$60  };
  assign \$signal$80  = { 1'h0, \$4 , \$8 , \$12 , \$16 , \$20 , \$24 , \$28 , \$32 , \$36 , \$40 , \$44 , \$48 , \$52 , \$56 , \$60 , \$signal$78 [17], 1'h1 };
  assign \$signal$81  = { \$signal$78 [15:0], num[1:0] };
  assign \$signal$82  = 32'd0;
  assign \$signal$84  = { \$4 , \$8 , \$12 , \$16 , \$20 , \$24 , \$28 , \$32 , \$36 , \$40 , \$44 , \$48 , \$52 , \$56 , \$60 , \$64  };
  assign result = { \$4 , \$8 , \$12 , \$16 , \$20 , \$24 , \$28 , \$32 , \$36 , \$40 , \$44 , \$48 , \$52 , \$56 , \$60 , \$64  };
  assign \$1  = 1'h0;
  assign \$5  = \$signal$8 [17];
  assign \$9  = \$signal$13 [17];
  assign \$13  = \$signal$18 [17];
  assign \$17  = \$signal$23 [17];
  assign \$21  = \$signal$28 [17];
  assign \$25  = \$signal$33 [17];
  assign \$29  = \$signal$38 [17];
  assign \$33  = \$signal$43 [17];
  assign \$37  = \$signal$48 [17];
  assign \$41  = \$signal$53 [17];
  assign \$45  = \$signal$58 [17];
  assign \$49  = \$signal$63 [17];
  assign \$53  = \$signal$68 [17];
  assign \$57  = \$signal$73 [17];
  assign \$61  = \$signal$78 [17];
endmodule